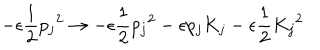
LaTeX: - \epsilon \frac { 1 } { 2 } { p _ { j } } ^ { 2 } \rightarrow - \epsilon \frac { 1 } { 2 } { p _ { j } } ^ { 2 } - \epsilon p _ { j } K _ { j } - \epsilon \frac { 1 } { 2 } { K _ { j } } ^ { 2 }